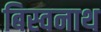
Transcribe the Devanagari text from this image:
बिस्वनाथ